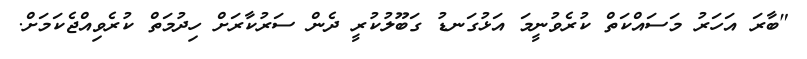
"ބާރަ އަހަރު މަސައްކަތް ކުރެވުނީމަ އަޅުގަނޑު ގަބޫލުކުރީ ދެން ސަރުކާރަށް ހިދުމަތް ކުރެވިއްޖެކަމަށް.